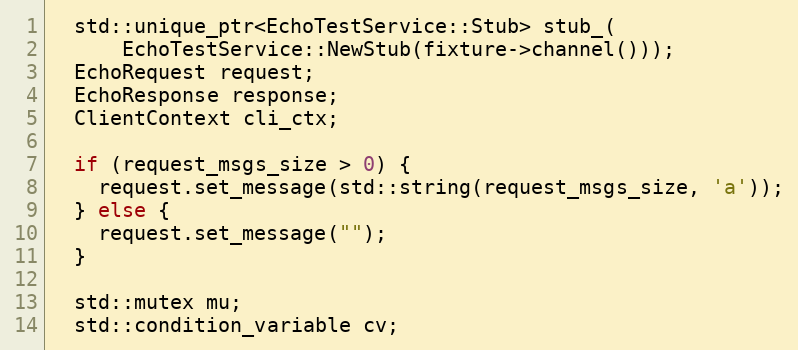
Language: C
  std::unique_ptr<EchoTestService::Stub> stub_(
      EchoTestService::NewStub(fixture->channel()));
  EchoRequest request;
  EchoResponse response;
  ClientContext cli_ctx;

  if (request_msgs_size > 0) {
    request.set_message(std::string(request_msgs_size, 'a'));
  } else {
    request.set_message("");
  }

  std::mutex mu;
  std::condition_variable cv;